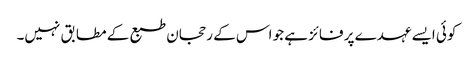
کوئی ایسے عہدے پر فائز ہے جو اس کے رحجان طبع کے مطابق نہیں۔